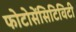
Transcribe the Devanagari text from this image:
फोटोसेंसिटिविटी